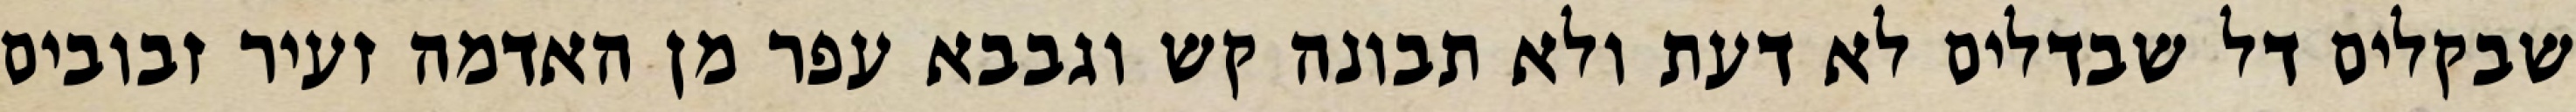
שבקלים דל שבדלים לא דעת ולא תבונה קש וגבבא עפר מן האדמה זעיר זבובים